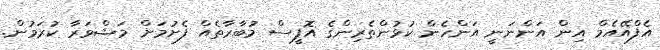
އެފްއޭއެމް އިން އަންނަނީ އަންހެން ކުޅުންތެރިންގެ އޮފީސް މުބާރާތެއް ފެށުމަށް މަޝްވަރާ ކުރަމުން.